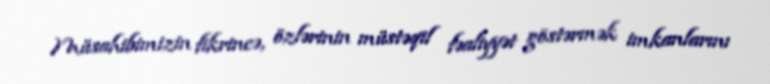
Müsahibimizin fikrincə, özlərinin müstəqil fəaliyyət göstərmək imkanlarını